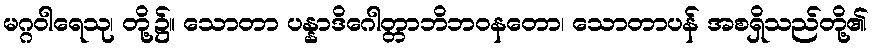
မဂ္ဂဝါရေသု၊ တို့၌။ သောတာ ပန္နာဒိဂေါတ္တာဘိဘဝနတော၊ သောတာပန် အစရှိသည်တို့၏